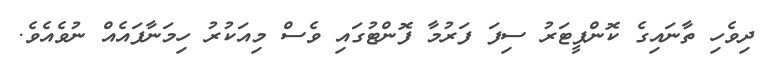
ދިވެހި ތާނައިގެ ކޮންޕީޓަރު ސިފަ ފަރުމާ ފޮންޓުގައި ވެސް މިއަކުރު ހިމަނާފައެއް ނުވެއެވެ.